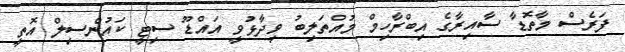
ފަރެސް މާތޮޑާ ސާއިރާގެ އިބްރާހިމް މުއްތަލިބު ވިދާޅުވީ އައްޑޫ ސިޓީ ކައުންސިލް އޮތީ